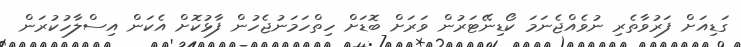
ގަޑިއަށް ފަރުވާތެރި ނުވެއްޖެނަމަ ކޯޑިނޭޓަރުން ވަރަށް ބޮޑަށް ހިތްހަމަނުޖެހުން ފާޅުކޮށް އެކަން އިސްލާހުކުރަން